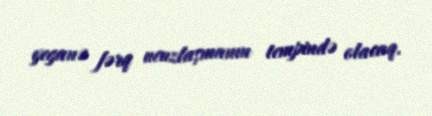
yeganə fərq ucuzlaşmanın tempində olacaq.